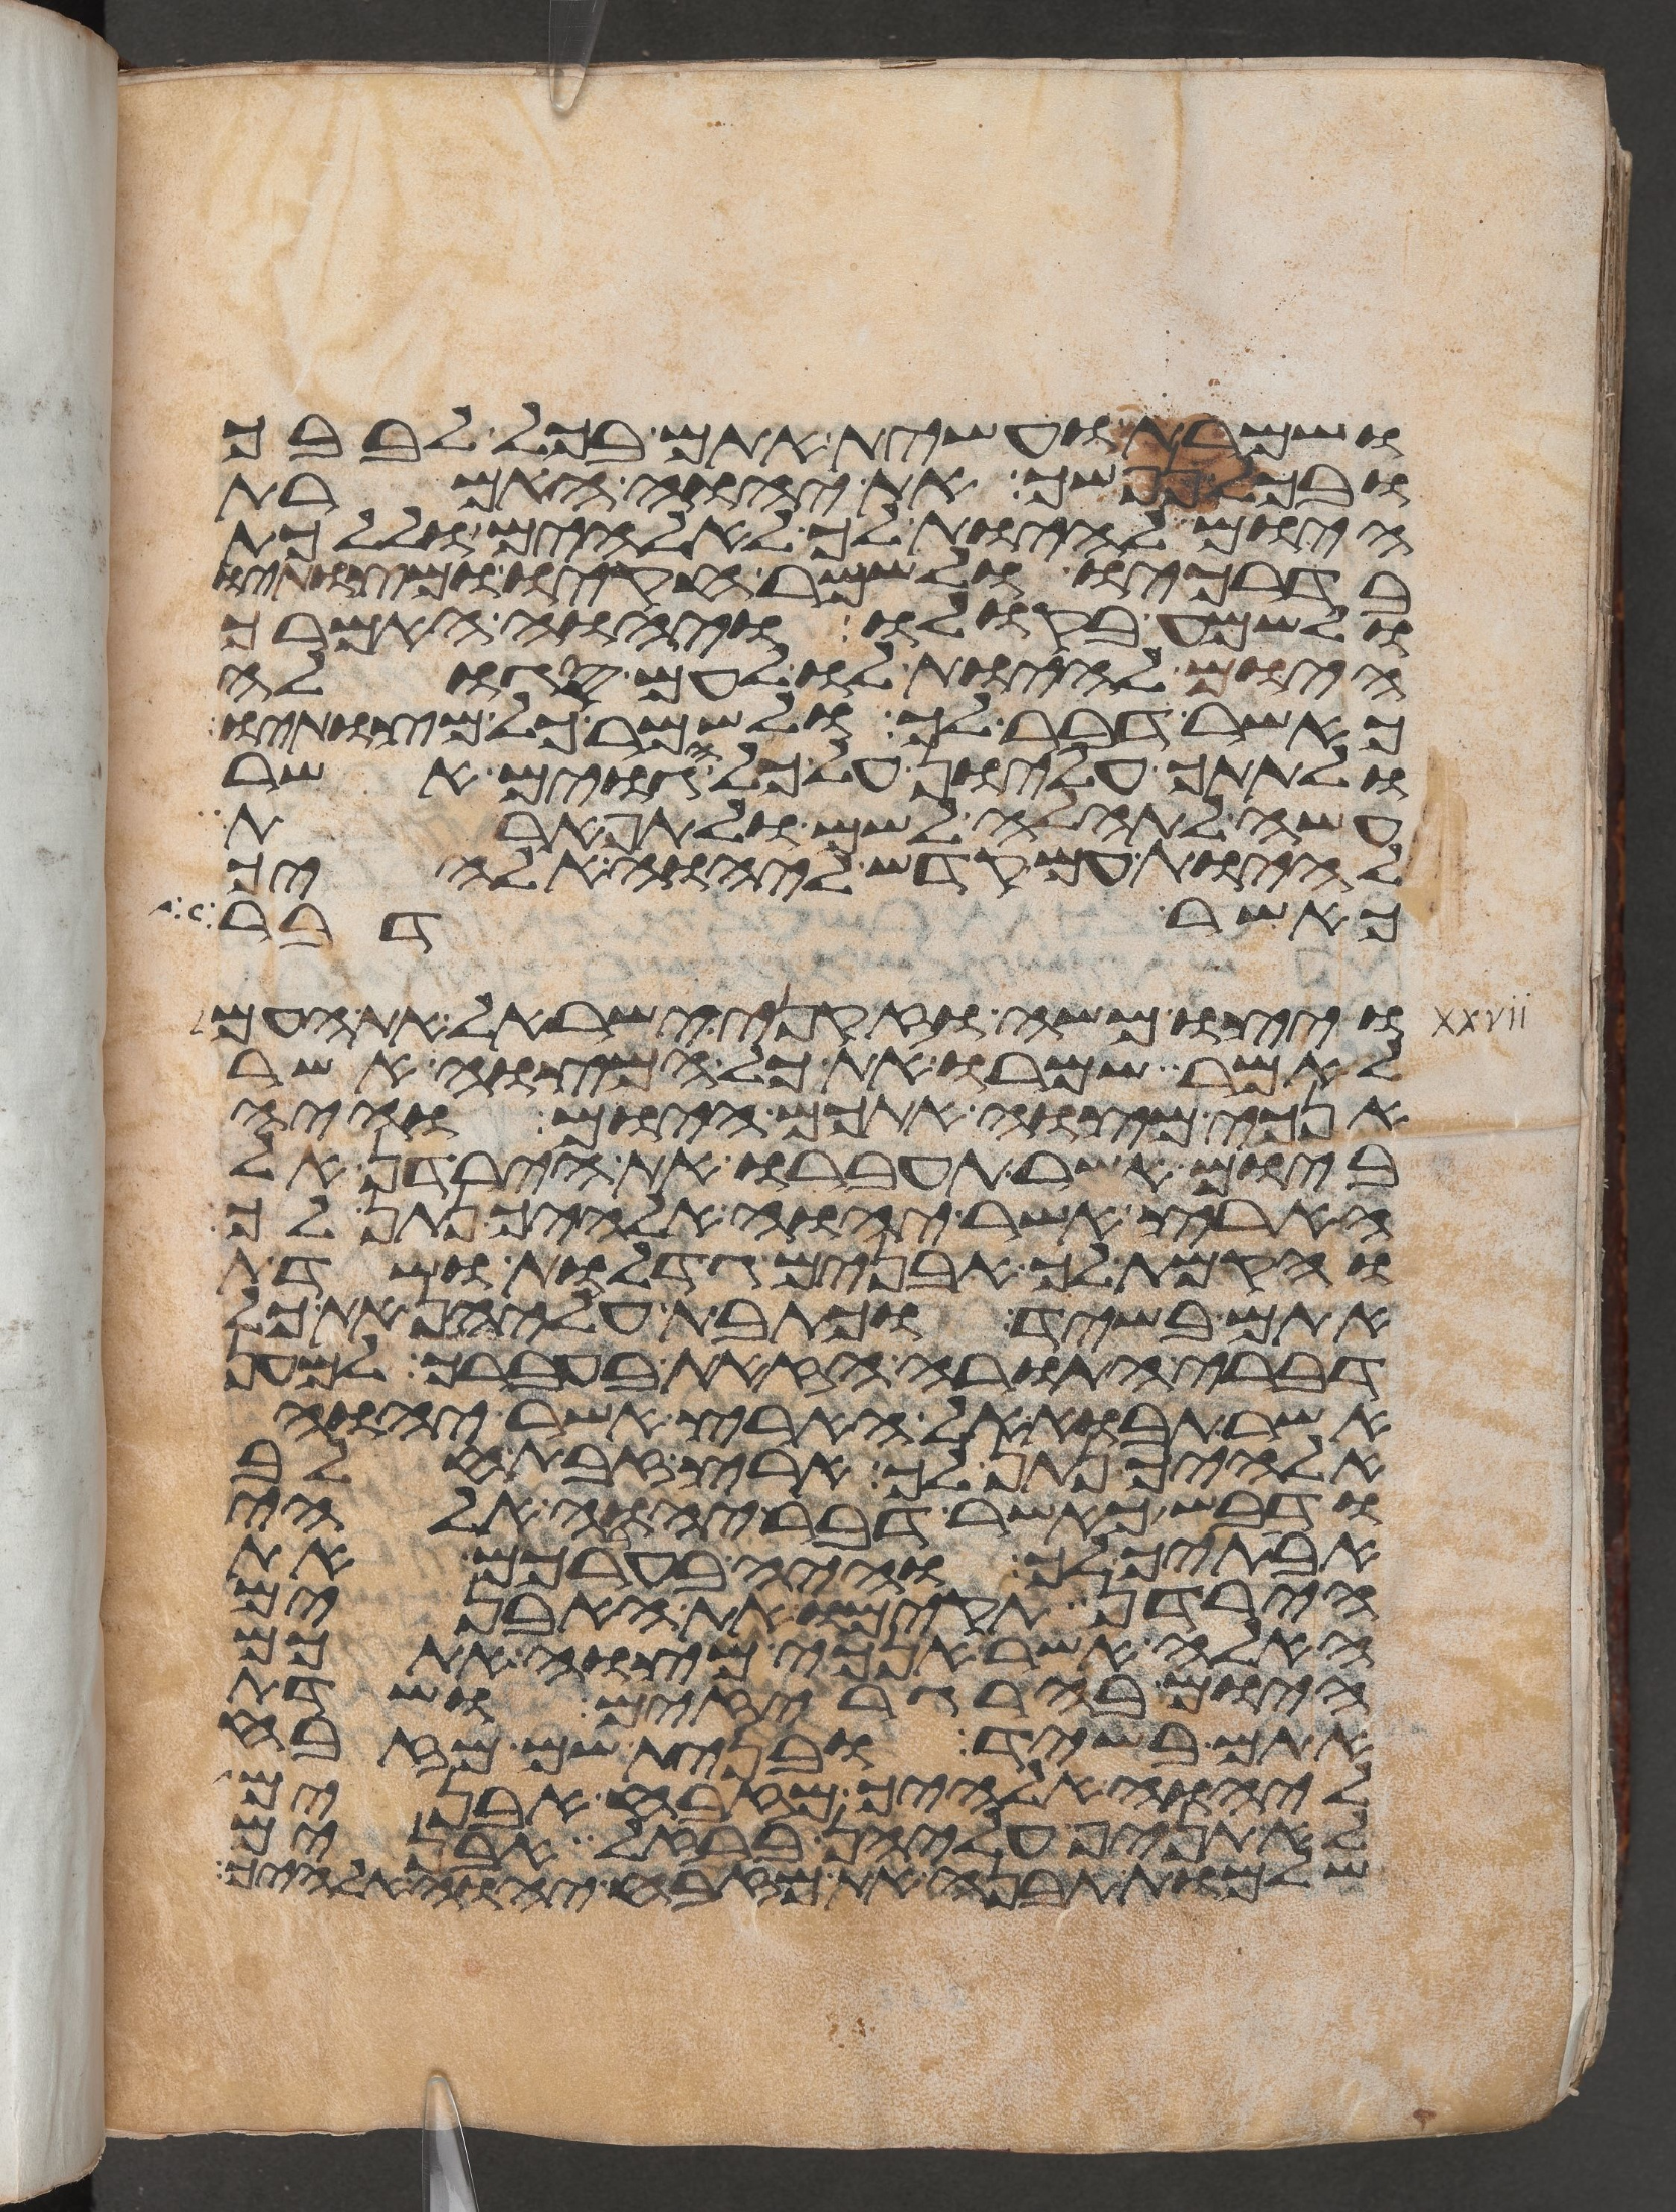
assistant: ושמרת ועשית אתם בכל לבבך
ובכל נפשך את יהוה האמרת
היום להיות לך לאלהים וללכת
בדרכיו ולשמר חקיו ומצותיו
ולשמע בקולו ויהוה האמרך
היום להיות לו לעם סגלה
כאשר דבר לך ולשמר כל מצותיו
ולתתך עליון על כל הגוים אשר
עשה לתהלה לשם ולתפארת
ולהיותך עם קדש ליהוה אלהיך
כאשר דבר
ויצו משה וזקני ישראל את העם
לאמר שמרו את כל המצוה אשר
אנכי מצוה אתכם היום והיה
ביום אשר תעברו את הירדן אל
הארץ אשר יהוה אלהיך נתן לך
והקמת לך אבנים גדלות ושדת
אתם בשיד וכתבת עליהן את כל
דברי התורה הזאת בעברך למען
אשר תבוא אל הארץ אשר יהוה
אלהיך נתן לך ארץ זבת חלב
ודבש כאשר דבר יהוה אלהי
אבתיך לך והיה בעברכם את
הירדן תקימו את האבנים
האלה אשר אנכי מצוה אתכם
היום בהרגריזים ושדת
אתם בשיד ובנית שם מזבח
ליהוה אלהיך מזבח אבנים
לא תניף עליהם ברזל אבנים
שלמות תבנה את מזבח יהוה אלהיך